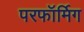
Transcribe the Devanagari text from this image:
परफॉर्मिग